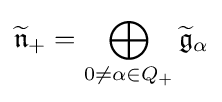
{\widetilde {\mathfrak {n}}}_{+}=\bigoplus _{0\neq \alpha \in Q_{+}}{\widetilde {\mathfrak {g}}}_{\alpha }